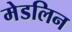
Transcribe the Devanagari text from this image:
मेडलिन